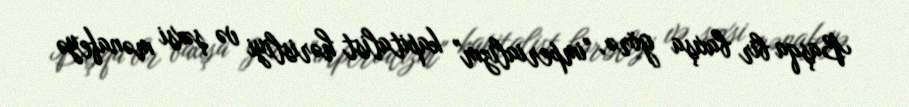
Başqa bir baxışa görə, "imperializm" kapitalist hərisliyi və şəxsi mənafeyə